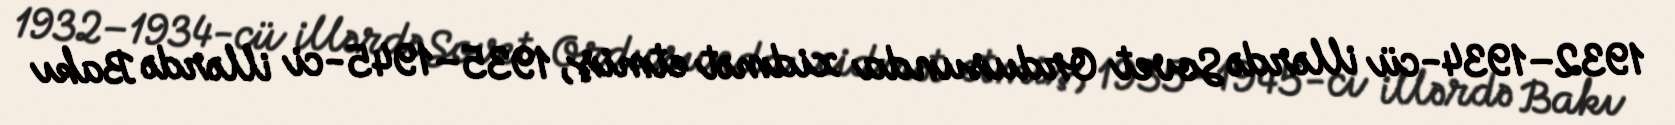
1932–1934-cü illərdə Sovet Ordusunda xidmət etmiş, 1935–1945-ci illərdə Bakı